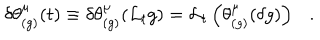
LaTeX: \delta \theta _ { ( g ) } ^ { \mu } ( t ) \equiv \delta \theta _ { ( g ) } ^ { \mu } ( { \cal L } _ { t } g ) = { \cal L } _ { t } \left( \theta _ { ( g ) } ^ { \mu } ( \delta g ) \right) .